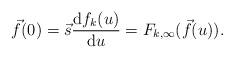
LaTeX: \begin{align*} \vec{f}(0) = \vec{s} \frac{{\rm d}f_k(u)}{{\rm d}u} = F_{k,\infty}(\vec{f}(u)).\end{align*}